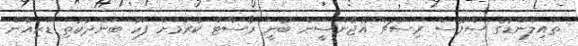
ތައިލެންޑުގެ ސްޕޭސް ރިސާޗް އޭޖެންސީން ބުނީ ރޯސްޓް ކުރުމަށް ފަހު ބަންދުކުތި ޑޫރިއާން